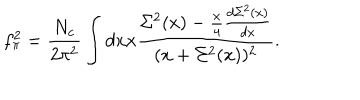
f _ { \pi } ^ { 2 } = \frac { N _ { c } } { 2 \pi ^ { 2 } } \int d x x \frac { \Sigma ^ { 2 } ( x ) - \frac { x } { 4 } \frac { d \Sigma ^ { 2 } ( x ) } { d x } } { ( x + \Sigma ^ { 2 } ( x ) ) ^ { 2 } } .